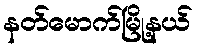
နတ်မောက်မြို့နယ်